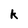
Character: k